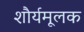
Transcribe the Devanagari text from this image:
शौर्यमूलक